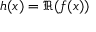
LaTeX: h ( x ) = \Re { ( f ( x ) ) }